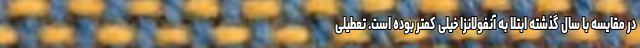
در مقایسه با سال گذشته ابتلا به آنفولانزا خیلی کمتر بوده است. تعطیلی